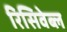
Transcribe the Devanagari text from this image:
रिसिवेब्ल